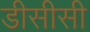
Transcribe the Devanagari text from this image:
डीसीसी